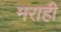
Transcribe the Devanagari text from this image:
मराही